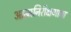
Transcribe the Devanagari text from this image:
आत्मनिरीक्षणाचा